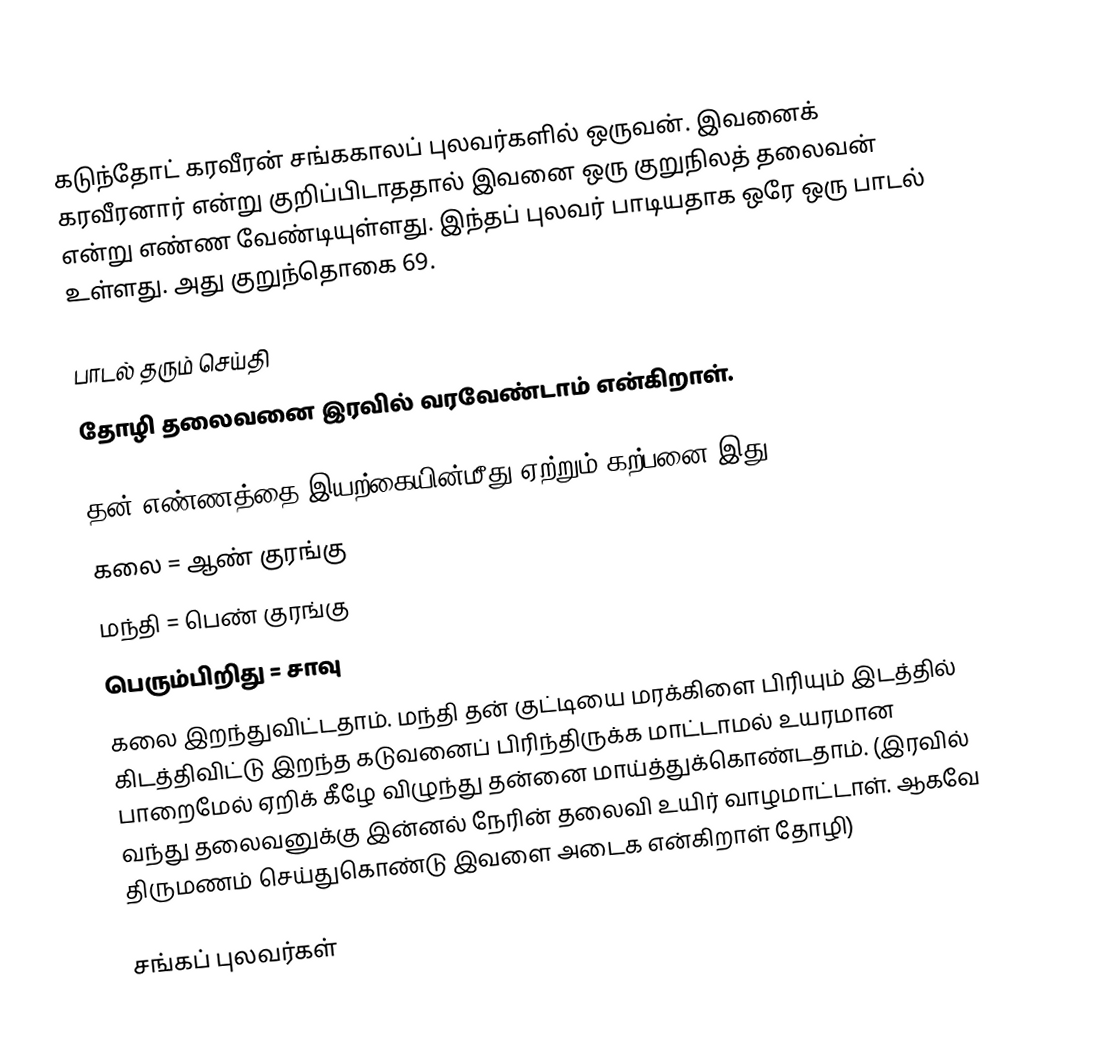
கடுந்தோட் கரவீரன் சங்ககாலப் புலவர்களில் ஒருவன். இவனைக் கரவீரனார் என்று குறிப்பிடாததால் இவனை ஒரு குறுநிலத் தலைவன் என்று எண்ண வேண்டியுள்ளது. இந்தப் புலவர் பாடியதாக ஒரே ஒரு பாடல் உள்ளது. அது குறுந்தொகை 69.

பாடல் தரும் செய்தி
தோழி தலைவனை இரவில் வரவேண்டாம் என்கிறாள்.

தன் எண்ணத்தை இயற்கையின்மீது ஏற்றும் கற்பனை இது.
 கலை = ஆண் குரங்கு
 மந்தி = பெண் குரங்கு
 பெரும்பிறிது = சாவு
கலை இறந்துவிட்டதாம். மந்தி தன் குட்டியை மரக்கிளை பிரியும் இடத்தில் கிடத்திவிட்டு இறந்த கடுவனைப் பிரிந்திருக்க மாட்டாமல் உயரமான பாறைமேல் ஏறிக் கீழே விழுந்து தன்னை மாய்த்துக்கொண்டதாம். (இரவில் வந்து தலைவனுக்கு இன்னல் நேரின் தலைவி உயிர் வாழமாட்டாள். ஆகவே திருமணம் செய்துகொண்டு இவளை அடைக என்கிறாள் தோழி)

சங்கப் புலவர்கள்